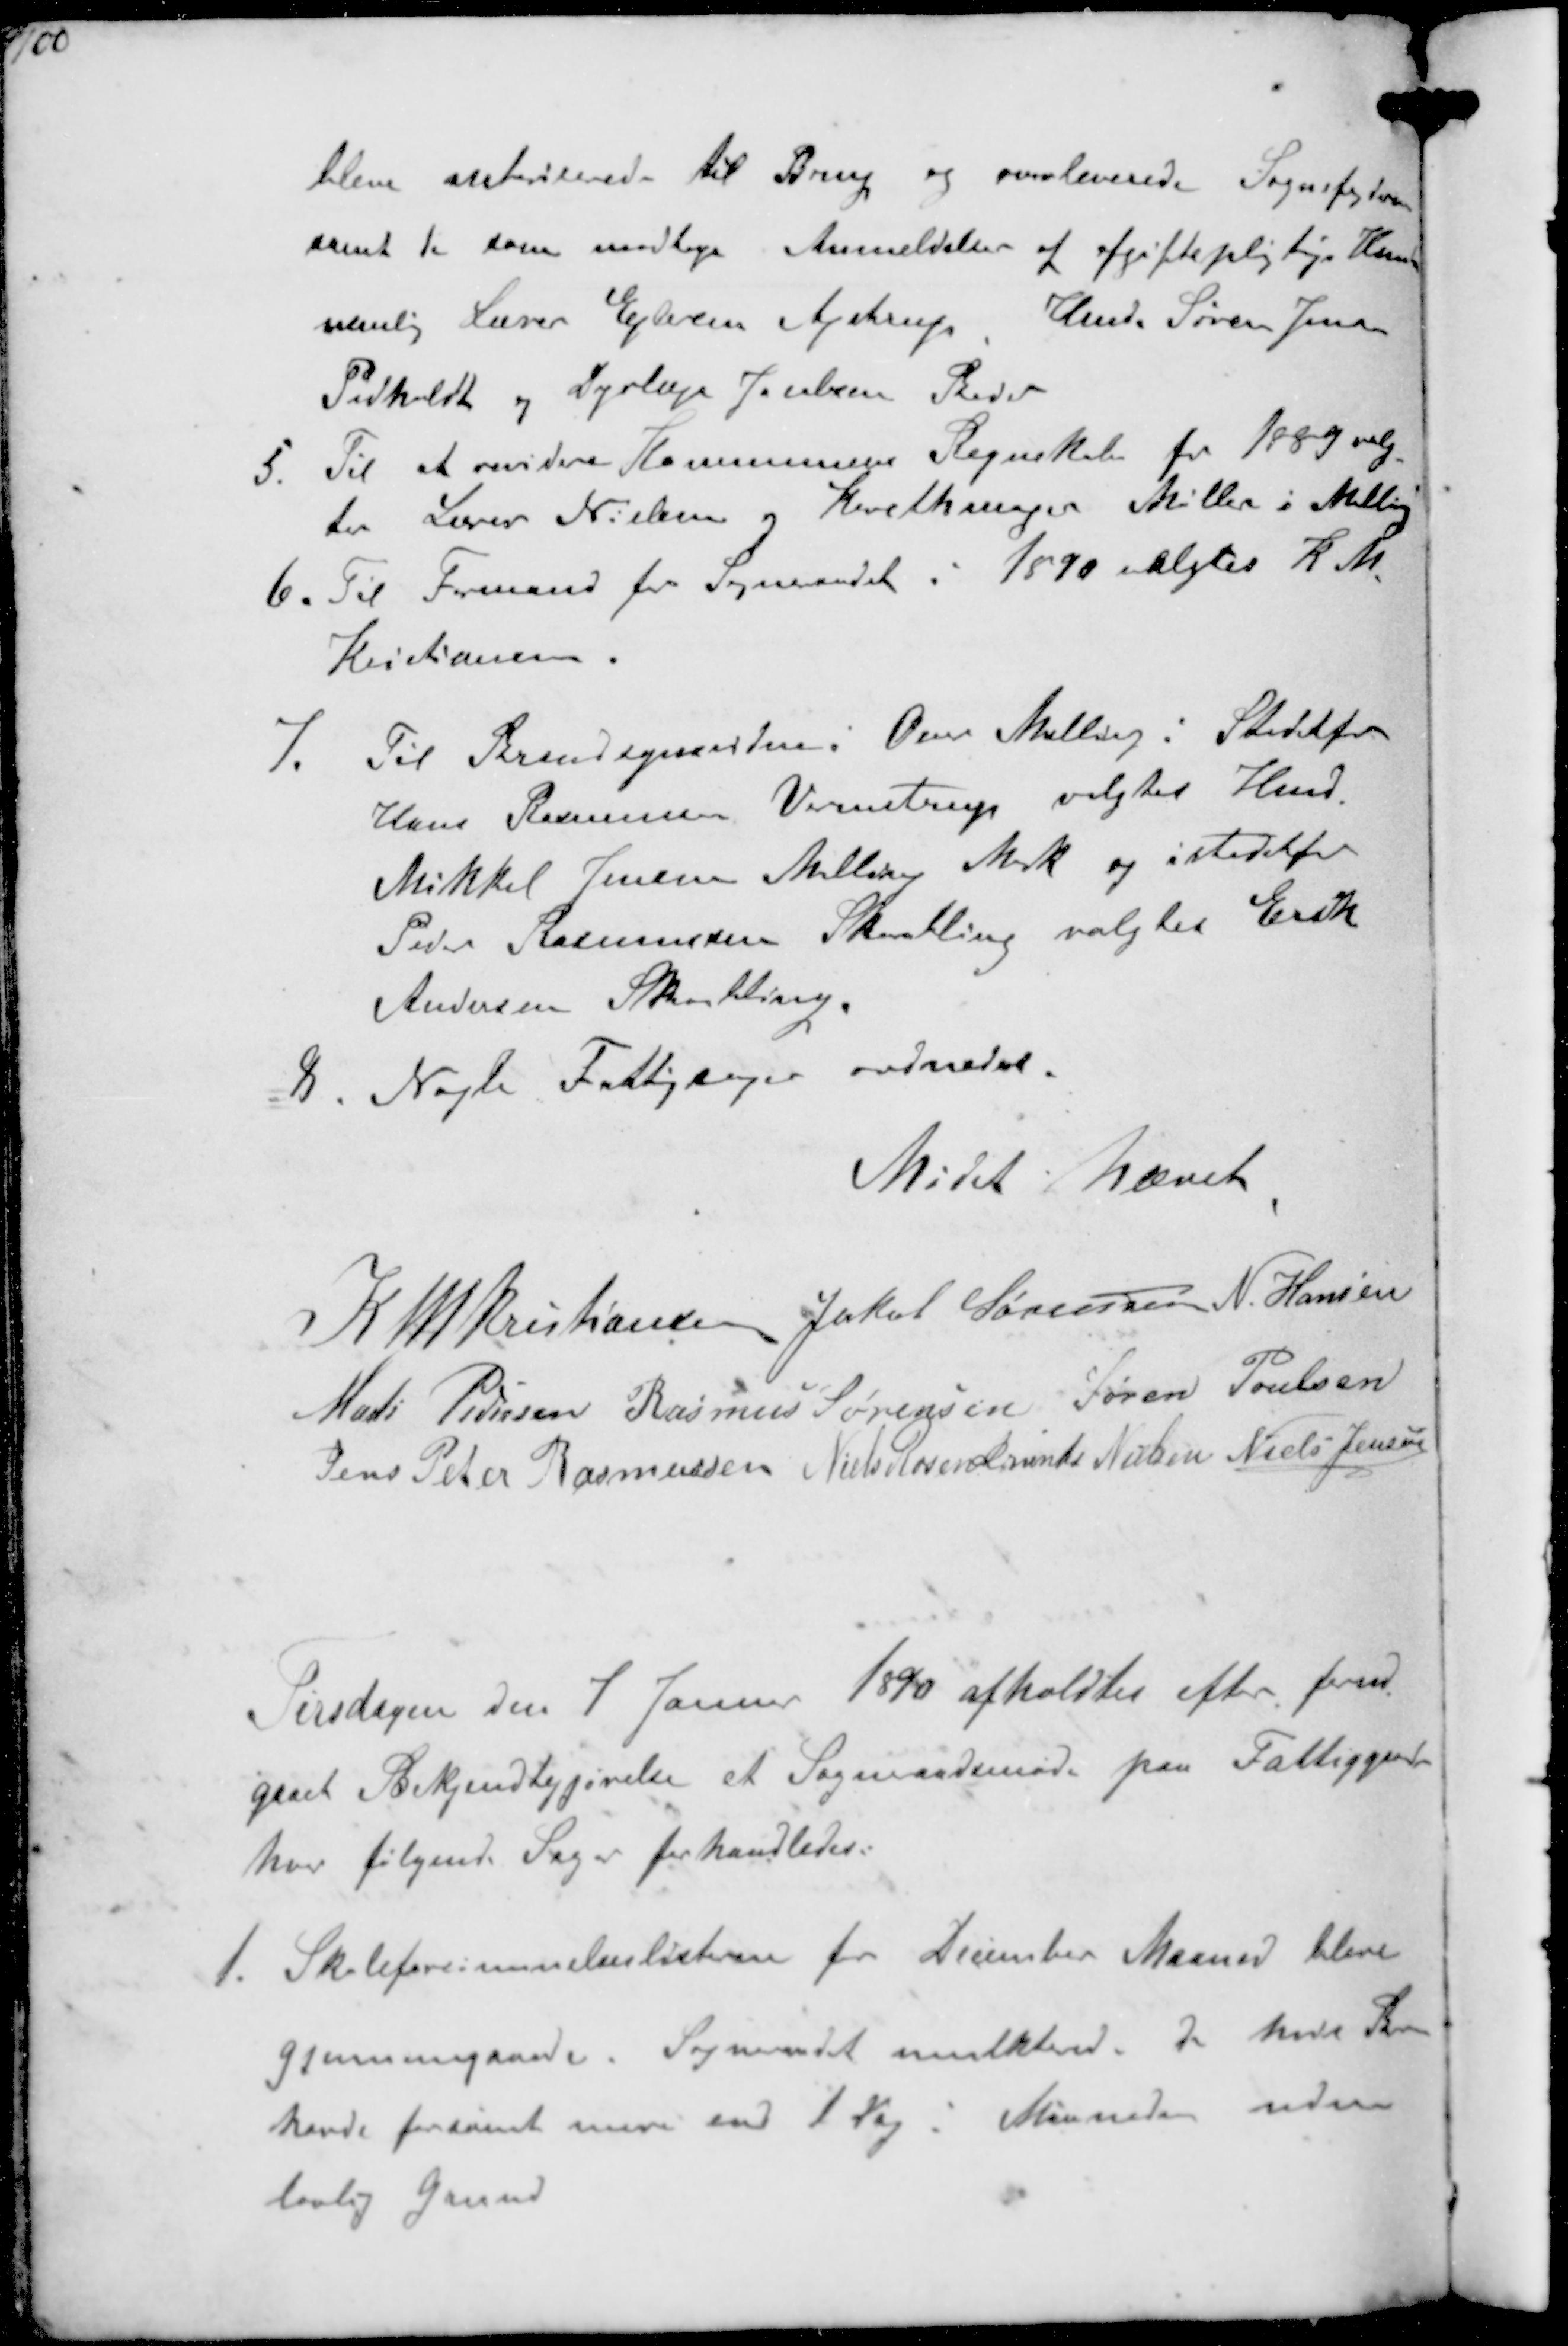
Transskription:
bleve autoriserede til Brug og overleverede Sognefoden
samt de som modtager Anmeldelser af afgiftspligtige Hunde
nemlig Lærer Ejlersen Ajstrup Hmd. Søren Jensn
Pedholdt og Dyrlæge Jacobsen Beder
5. Til at revidere Kommunens Regnskab for 1889 valg-
tes Lærer Nielsen og Karetmager Møller i Malling
6. Til Formand for Sogneaadet i 1890 valgtes K M
Kristiansen
7. Til Brandsynsvidne i Over Melling i Stedetfor
Hans Rasmussen Vormstrup valgtes Hmd
Mikkel Jensen Malling Mark og istedetfor
Peder Rasmussen Skaabling valgtes Erik
Andersen Skaabling.
8. Nøgte Fattigsager ordnedes

Mødet hævet

K N M Kristiansen Jakob Sørensen N. Hansen
Mads Pedersen Rasmus Sørensen Søren Poulsen
Jens Peter Rasmussen Niels Rosenkrands Nielsen Niels Jensen

Tirsdagen den 7 Januar 1890 afholdtes efter forud-
gaaet Bekjendtgjørelse et Sogneaadsmøde paa Fattiggaarden
hvor følgende Sager forhandledes.
1. Skoleforsømmelseslisterne for December Maaned bleve
gjennemgaaede. Sogneraadet mulkterede de hvis Børn
havde forsømt mere end 1 Dag i Maaneden uden
lovlig Grund